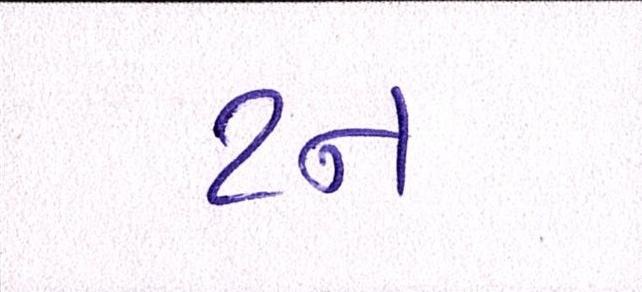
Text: ટન